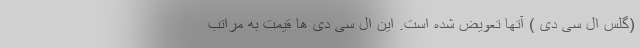
(گلس ال سی دی ) آتها تعویض شده است. این ال سی دی ها قیمت به مراتب